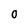
Character: O